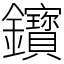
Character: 𨰦